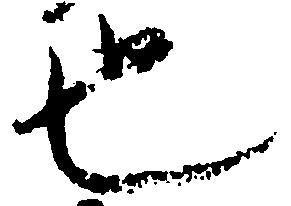
也